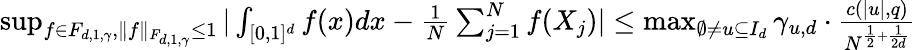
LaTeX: \begin{array}{r}{\operatorname*{sup}_{f\in F_{d,1,\gamma},\| f\| _{F_{d,1,\gamma}}\leq 1}|\int_{[0,1]^{d}}f(x)dx-\frac{1}{N}\sum_{j=1}^{N}f(X_{j})|\leq\operatorname*{max}_{\emptyset\neq u\subseteq I_{d}}\gamma_{u,d}\cdot\frac{c(|u|,q)}{N^{\frac{1}{2}+\frac{1}{2d}}}}\end{array}